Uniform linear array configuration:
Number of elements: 64
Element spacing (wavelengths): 1
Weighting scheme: hamming
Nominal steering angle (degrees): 30
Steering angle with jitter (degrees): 28.039
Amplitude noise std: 0.05
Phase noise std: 0.05

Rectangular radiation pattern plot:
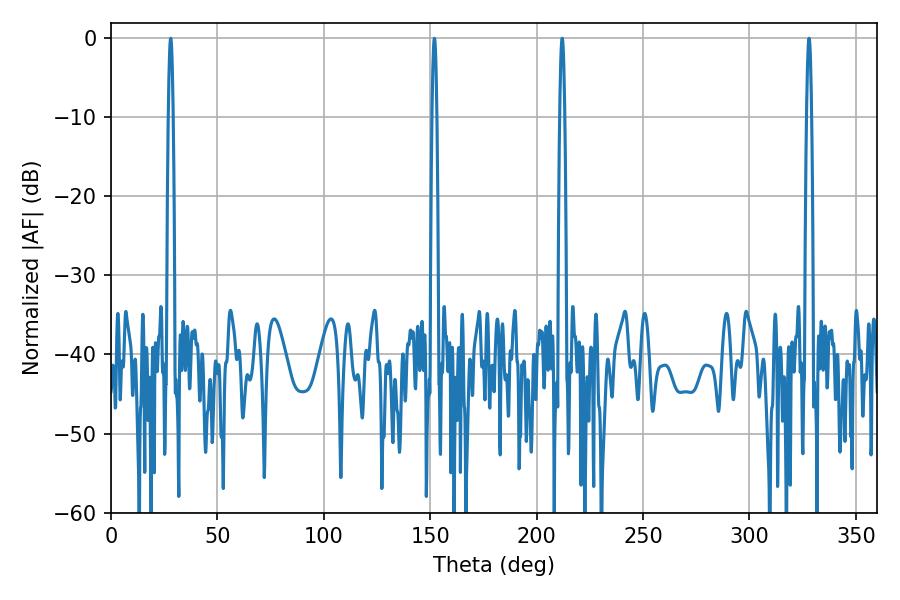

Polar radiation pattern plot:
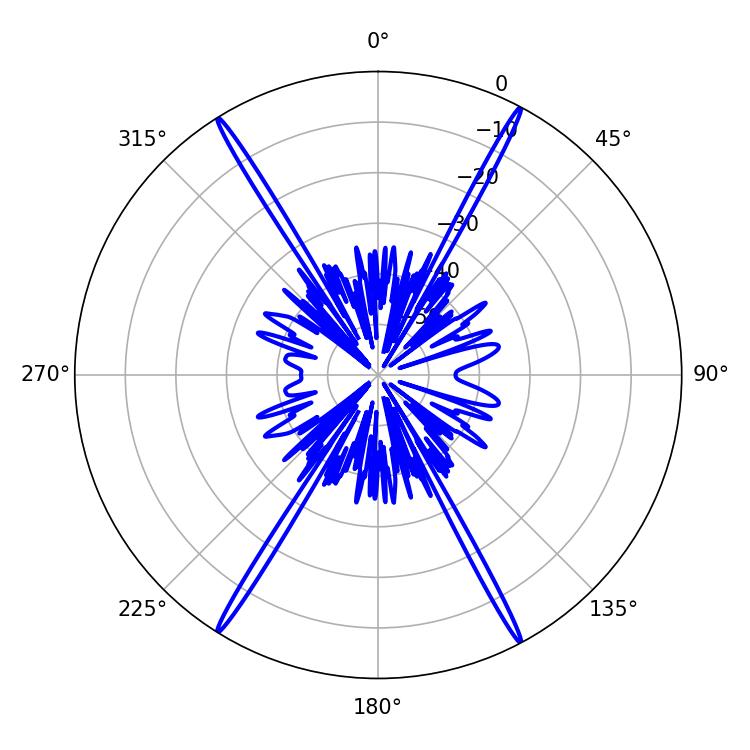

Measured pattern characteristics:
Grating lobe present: TRUE
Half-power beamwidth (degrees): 1.26
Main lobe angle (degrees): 212.04